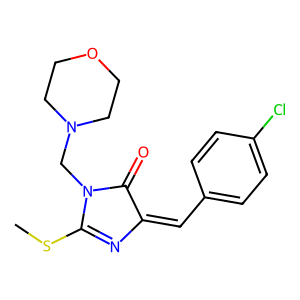
SMILES: CSC1=NC(=Cc2ccc(Cl)cc2)C(=O)N1CN1CCOCC1
Inhibits HIV replication: No